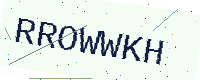
Text: RROWWKH